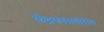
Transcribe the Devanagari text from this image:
केंद्रकासमोरील